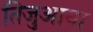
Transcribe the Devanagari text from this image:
तिजुआना